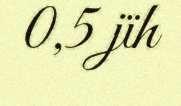
0,5 jïh